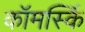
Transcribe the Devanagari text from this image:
कॉमर्स्कि